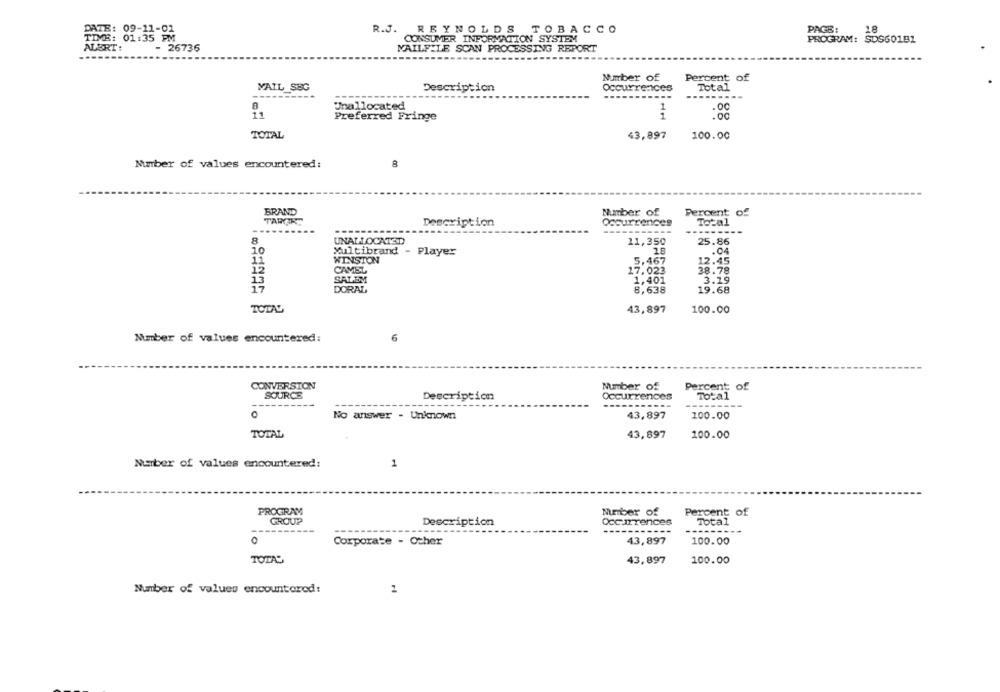
R.J. REYNOLDS TOBACCO
PAGE:
18
CONSUMER INFORMATION SYSTEM
PROGRAM: SDS60191
ALERT:
26736
NAILFILE SCAN PROCESSING REPORT
Number of
Percent of
MAIL SBG
Description
Occurrences
Total
Unallocated
1
.OC
11
Preferred Fringe
.00
TOTAL
43,897
100.00
Number of values encountered:
8
BRAND
Number of
Percent of
TARGET
Description
Total
Occurrences
8
UNALLOCATED
11,350
25.86
10
Multibrand - Player
18
.04
11
WINSTON
5,467
12.45
12
CAMEL
17,023
38.78
13
SALEM
1,401
3.19
17
DORAL
8,638
19.68
TOTAL
43,897
100.00
Number of values encountered:
6
CONVERSION
Number of
Percent of
SOURCE
Total
Description
Occurrences
----------
-----------
No answer - Unknown
43,897
100.00
TOTAL
43,897
100.00
Number of values encountered:
1
PROGRAM
Number of
Percent of
GROUP
Description
Occurrences
Total
---------
0
Corporate - Other
43,897
100.00
TOTAL
43,897
100.00
Number of values encountered: